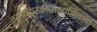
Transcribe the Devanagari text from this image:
तन्मात्राऽहंकारमहदात्मिकायाँ